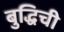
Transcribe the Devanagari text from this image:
बुद्धिची